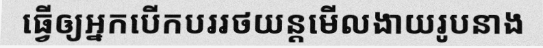
ធ្វើឲ្យអ្នកបើកបររថយន្តមើលងាយរូបនាង